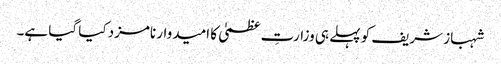
شہباز شریف کو پہلے ہی وزارتِ عظمیٰ کا امیدوار نامزد کیا گیا ہے۔